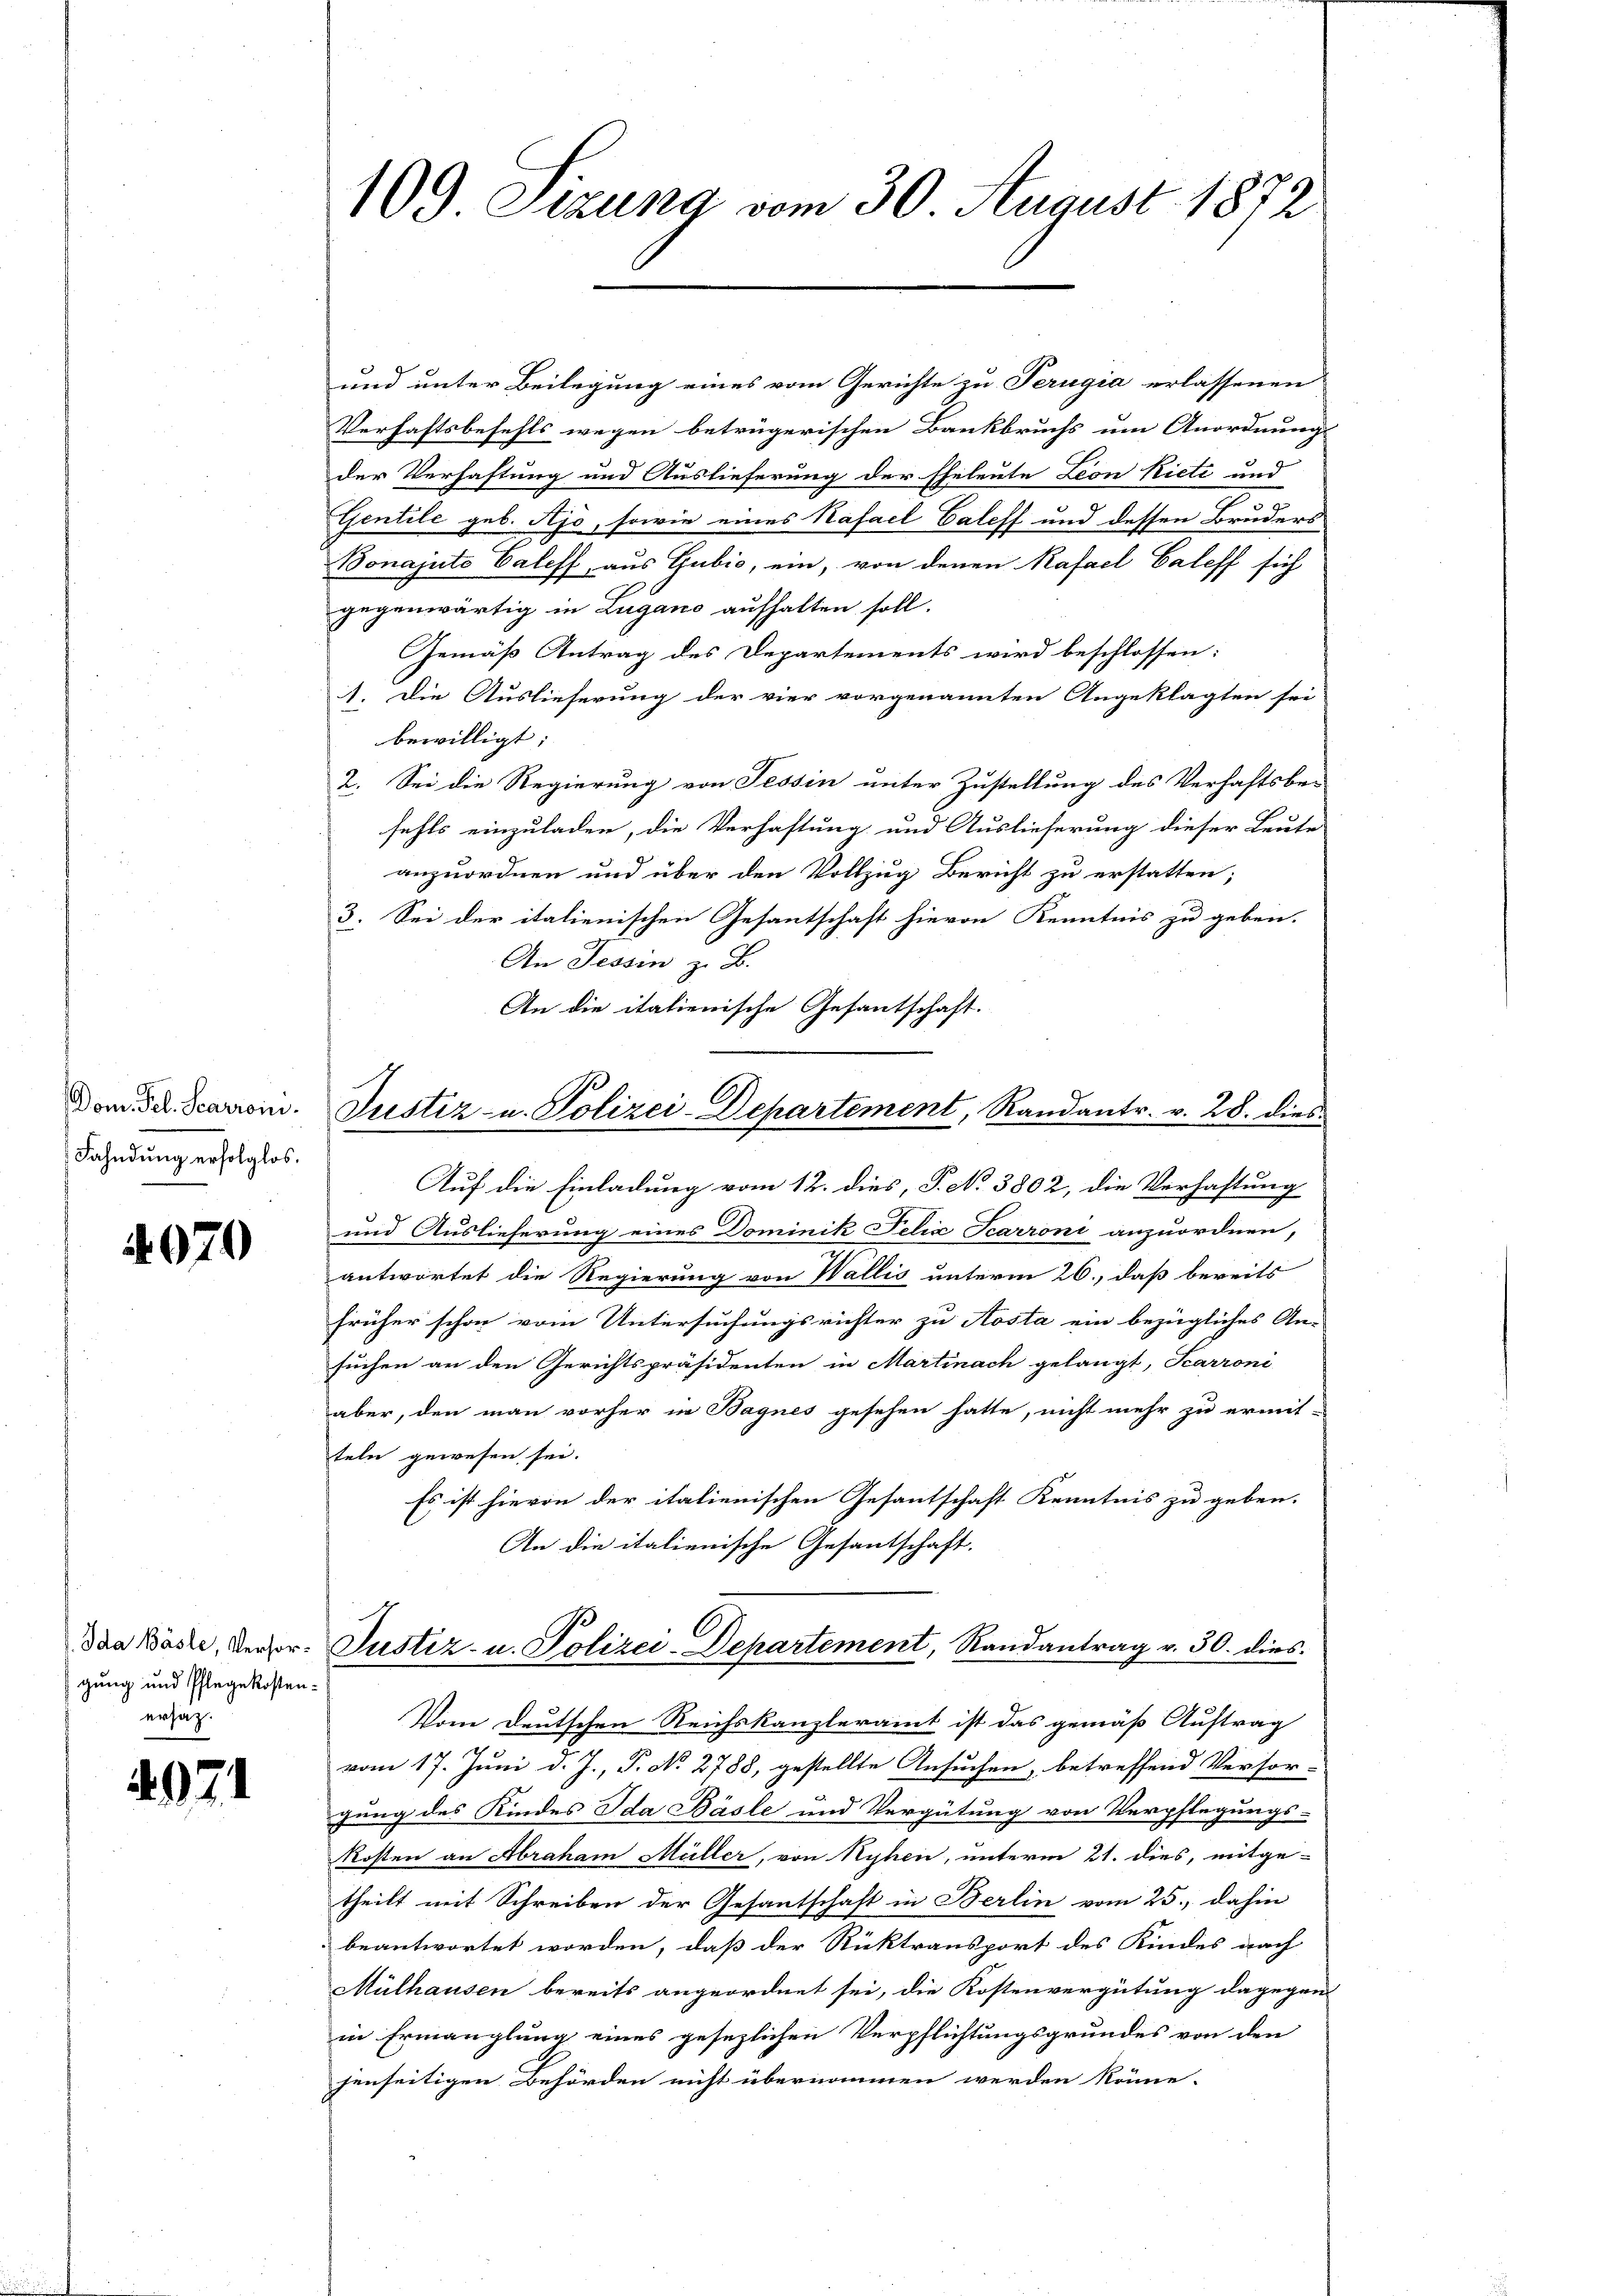
Dom Fel. Scarroin.
Fahndung erfolglos.

970

Ida Basle, Versorgung und Pflegekostenersatz.

971

109 Stzung vom 30. August 1872

und unter Beilegung eines vom Gerichte zu Terugia erlassenen
Verhaftsbefehls wegen beträgerischen Bankbruchs um Anordnung
der Verhaftung und Auslieferung der Eheleute Leon Riete und
Gentile geb. Sjo, sowie eines Kafael Caleff und dessen Bruders
Bonajute Valeff, aus Gubić, ein, von denen Kafael Caleff sich
gegenwärtig in Lugano aufhalten soll.
Gemäß Antrag des Departements wird beschlossen:
1. Die Auslieferung der vier vorgenannten Angeklagten sei
bewilligt; |
2. Sei die Regierung von Tessin unter Zustellung des Verhaftsbe-
fehls einzuladen, die Verhaftung und Auslieferung dieser Leute
anzuordnen und über den Vollzug Bericht zu erstatten;
3. Sei der italienischen Gesantschaft hievon Kenntnis zu geben.
An Tessin z. B.
An die italienische Gesantschaft.
Auf die Einladung vom 12. dies, P. No 3802, die Verhaftung
und Auslieferung eines Dominik Felix Scarroni anzuordnen,
antwortet die Regierung von Wallis unterm 26., daß bereits
früher schon vom Untersuchungsrichter zu Aosta ein bezügliches An-
suchen an den Gerichtspräsidenten in Martinach gelangt, Scarroni
aber, den man vorher in Bagnes gesehen hatte, nicht mehr zu ermit-
teln gewesen sei.
Es ist hievon der italienischen Gesantschaft Kenntnis zu geben.
An die italienische Gesantschaft.
Justiz- u. Polizei-Departement, Randantrag v. 30. dies
Vom Deutschen Reichskanzleramt ist das gemäß Auftrag
e
vom 17. Juni d. J., P. No 2788, gestellte Ansuchen, betreffend Versor-
gung des Kindes Ida Bäsle und Vergütung von Verpflegungs-
Kosten an Abraham Müller, von Ryhen, unterm 21. dies, mitge-
theilt mit Schreiben der Gesantschaft in Berlin vom 25., dahin
beantwortet worden, daß der Rücktransport des Kindes nach
Mülhausen bereits angeordnet sei, die Kostenvergütung dagegen
in Ermanglung eines gesezlichen Verpflichtungsgrundes von den
jenseitigen Behörden nicht übernommen werden könne.

Justiz- u. Polizei-Departement, Randantr. v. 28. dies